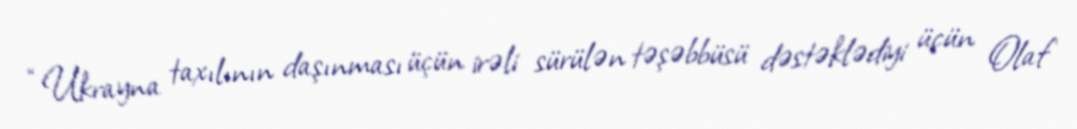
“Ukrayna taxılının daşınması üçün irəli sürülən təşəbbüsü dəstəklədiyi üçün Olaf